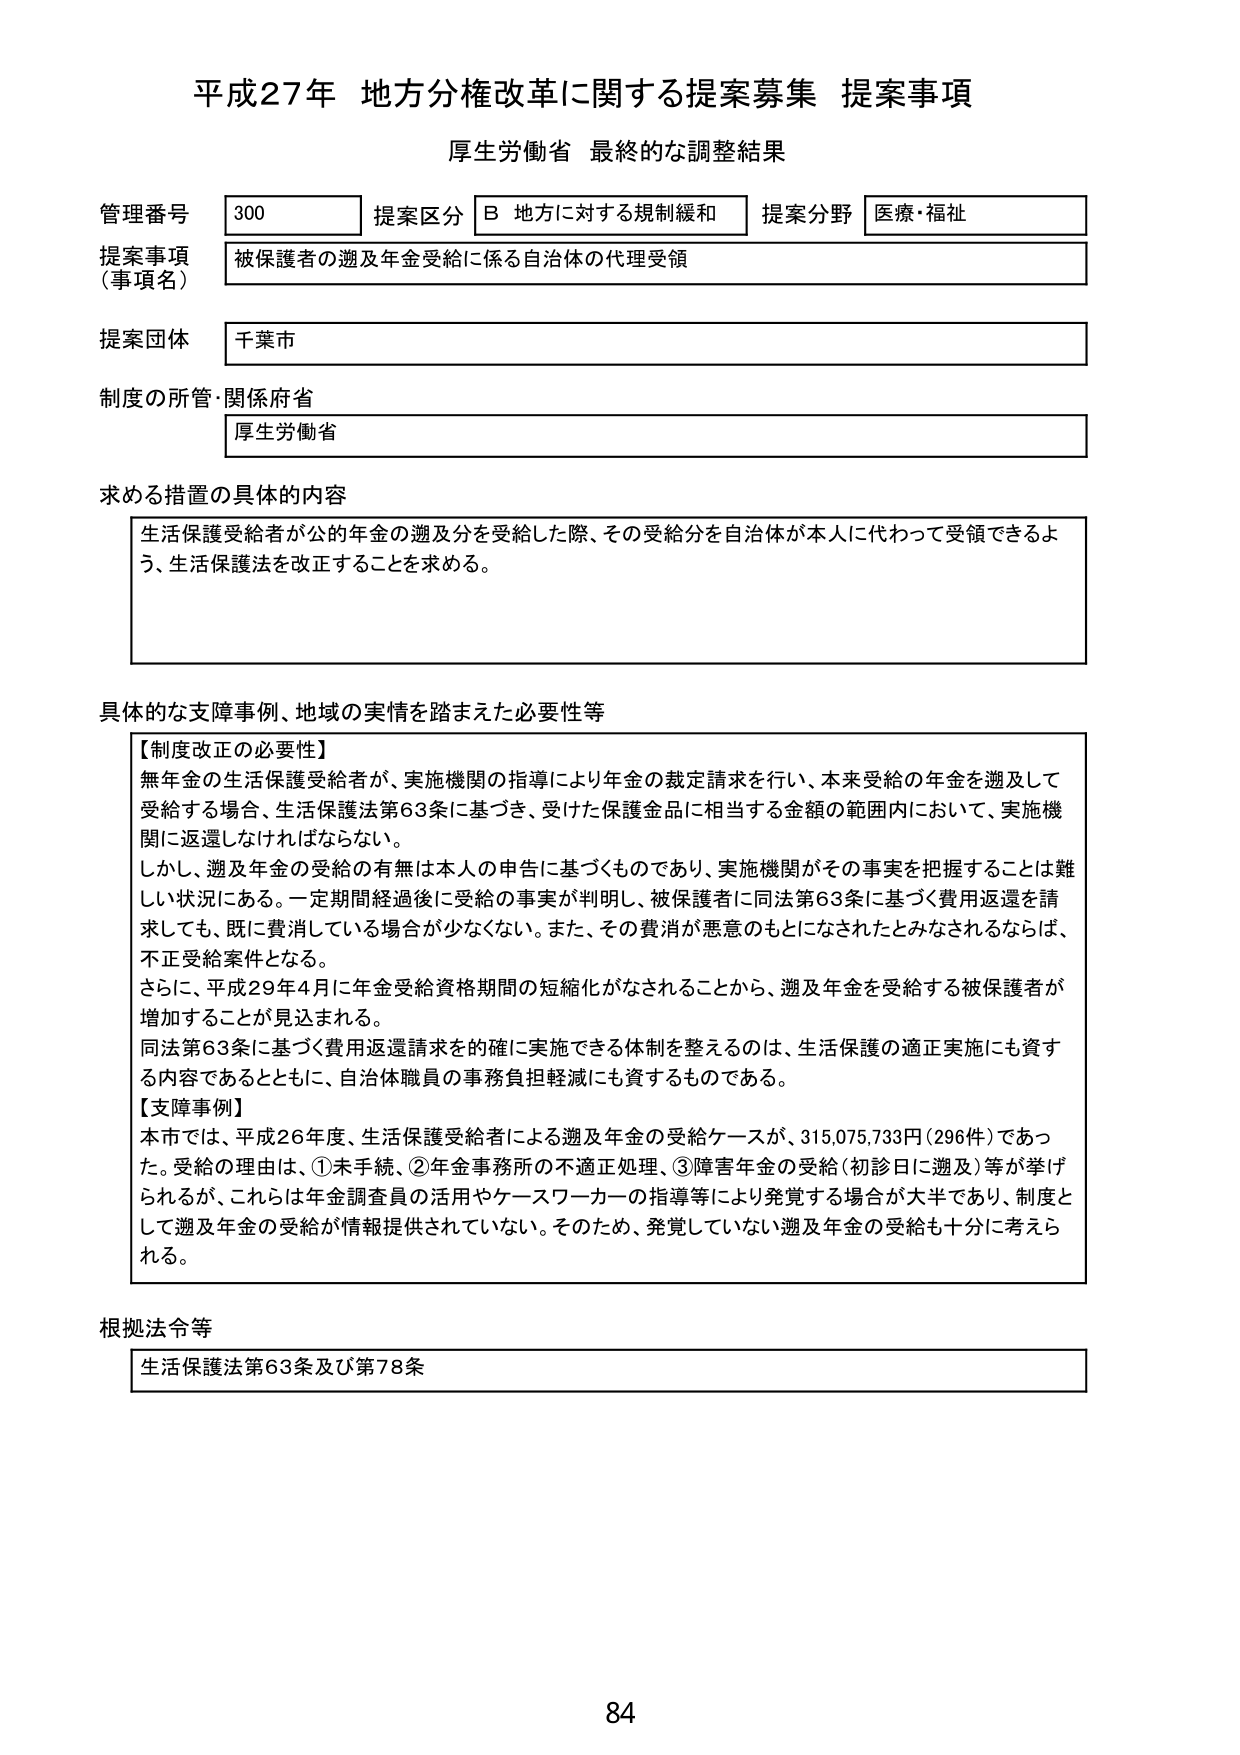
平成27年 地方分権改革に関する提案募集 提案事項
厚生労働省 最終的な調整結果

管理番号 300 提案区分 B 地方に対する規制緩和 提案分野 医療・福祉
提案事項（事項名） 被保護者の遡及年金受給に係る自治体の代理受領
提案団体 千葉市
制度の所管・関係府省 厚生労働省

求める措置の具体的内容
生活保護受給者が公的年金の遡及分を受給した際、その受給分を自治体が本人に代わって受領できるよう、生活保護法を改正することを求める。

具体的な支障事例、地域の実情を踏まえた必要性等
【制度改正の必要性】
無年金の生活保護受給者が、実施機関の指導により年金の裁定請求を行い、本来受給の年金を遡及して受給する場合、生活保護法第63条に基づき、受けた保護金品に相当する金額の範囲内において、実施機関に返還しなければならない。
しかし、遡及年金の受給の有無は本人の申告に基づくものであり、実施機関がその事実を把握することは難しい状況にある。一定期間経過後に受給の事実が判明し、被保護者に同法第63条に基づく費用返還を請求しても、既に費消している場合が少なくない。また、その費消が悪意のもとにされたとみなされるならば、不正受給案件となる。
さらに、平成29年4月に年金受給資格期間の短縮化がなされることから、遡及年金を受給する被保護者が増加することが見込まれる。
同法第63条に基づく費用返還請求を的確に実施できる体制を整えるのは、生活保護の適正実施にも資する内容であるとともに、自治体職員の事務負担軽減にも資するものである。
【支障事例】
本市では、平成26年度、生活保護受給者による遡及年金の受給ケースが、315,075,733円（296件）であった。受給の理由は、①未手続、②年金事務所の不適正処理、③障害年金の受給（初診日に遡及）等が挙げられるが、これらは年金調査員の活用やケースワーカーの指導等により発覚する場合が大半であり、制度として遡及年金の受給が情報提供されていない。そのため、発覚していない遡及年金の受給も十分に考えられる。

根拠法令等
生活保護法第63条及び第78条

84